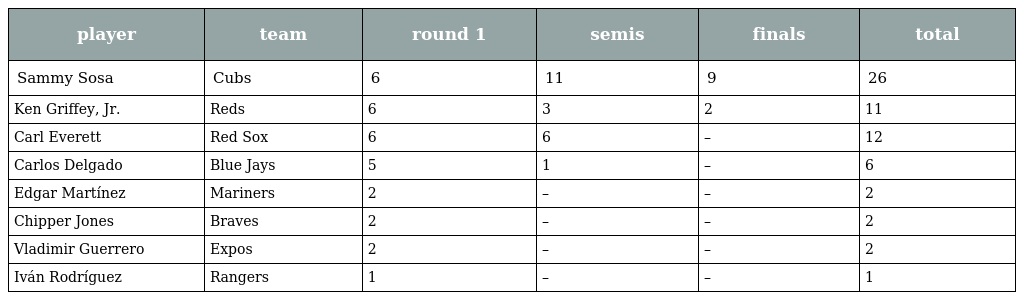
| player | team | round 1 | semis | finals | total |
 | --- | --- | --- | --- | --- | --- |
 | Sammy Sosa | Cubs | 6 | 11 | 9 | 26 |
 | Ken Griffey, Jr. | Reds | 6 | 3 | 2 | 11 |
 | Carl Everett | Red Sox | 6 | 6 | – | 12 |
 | Carlos Delgado | Blue Jays | 5 | 1 | – | 6 |
 | Edgar Martínez | Mariners | 2 | – | – | 2 |
 | Chipper Jones | Braves | 2 | – | – | 2 |
 | Vladimir Guerrero | Expos | 2 | – | – | 2 |
 | Iván Rodríguez | Rangers | 1 | – | – | 1 |